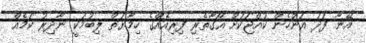
އޭނާ ފަދަ އަންހެން ކުއްޖަކަށް އޯގާތެރި ފިރިއެއްގެ ހިމާޔަތް ލިބުމަކީ ނާދިރު ކަމެއް